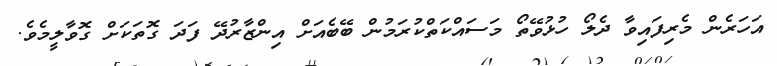
އަހަރެން މެރިފައިވާ ދެލޯ ހުޅުވޭތޯ މަސައްކަތްކުރަމުން ބޭބެއަށް އިންޒާރުދޭ ފަދަ ގޮތަކަށް ގޮވާލީމެވެ.